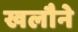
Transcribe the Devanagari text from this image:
खलौने